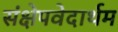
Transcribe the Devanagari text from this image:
संक्षेपवेदार्थम